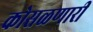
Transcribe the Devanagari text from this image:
कोसळणारी